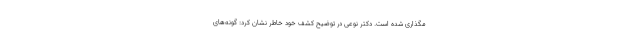
مگذاری شده است. دکتر نوعی در توضیح کشف خود خاطر نشان کرد: گونه‌های